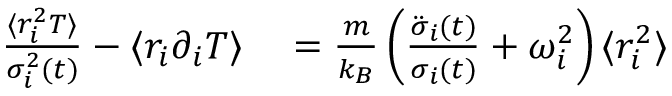
\begin{array} { r l } { \frac { \langle r _ { i } ^ { 2 } T \rangle } { \sigma _ { i } ^ { 2 } ( t ) } - \langle r _ { i } \partial _ { i } T \rangle } & { { } = \frac { m } { k _ { B } } \left( \frac { \ddot { \sigma } _ { i } ( t ) } { \sigma _ { i } ( t ) } + \omega _ { i } ^ { 2 } \right) \langle r _ { i } ^ { 2 } \rangle } \end{array}